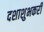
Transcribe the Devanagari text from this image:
दशाशुभकरी